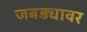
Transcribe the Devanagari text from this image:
जबड्यावर